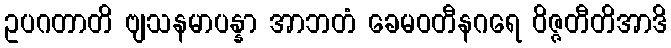
ဥပဂတာတိ ဗျသနမာပန္နာ အာဘတံ ခေမဝတီနဂရေ ဝိဇ္ဇတီတိအာဒိ